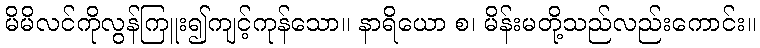
မိမိလင်ကိုလွန်ကြူး၍ကျင့်ကုန်သော။ နာရိယော စ၊ မိန်းမတို့သည်လည်းကောင်း။